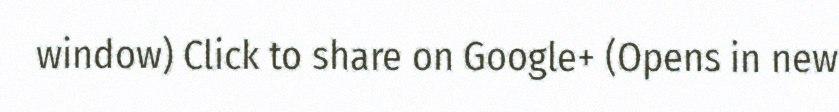
window) Click to share on Google+ (Opens in new